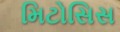
મિટોસિસ